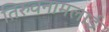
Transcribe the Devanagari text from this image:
तिरुवनामलाई